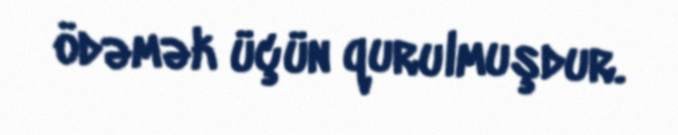
ödəmək üçün qurulmuşdur.